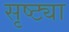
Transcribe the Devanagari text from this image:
सृष्ट्या